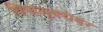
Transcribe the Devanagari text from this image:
विषाणूबरोबर